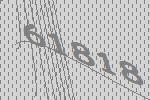
61818